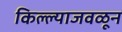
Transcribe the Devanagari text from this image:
किल्ल्याजवळून